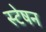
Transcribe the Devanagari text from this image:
स्टेषन